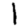
Digit: 1